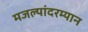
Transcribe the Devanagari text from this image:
मजल्यांदरम्यान